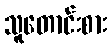
သူတောင်းစား